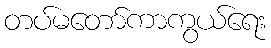
တပ်မတော်ကာကွယ်ရေး